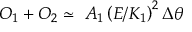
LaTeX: { \cal O } _ { 1 } + { \cal O } _ { 2 } \simeq \ A _ { 1 } \left( E / K _ { 1 } \right) ^ { 2 } \Delta \theta